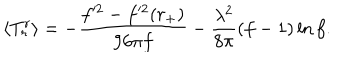
\langle T _ { r } ^ { r } \rangle = - { \frac { f ^ { 2 } - f ^ { 2 } ( r _ { + } ) } { 9 6 \pi f } } - { \frac { \lambda ^ { 2 } } { 8 \pi } } ( f - 1 ) \ln f .